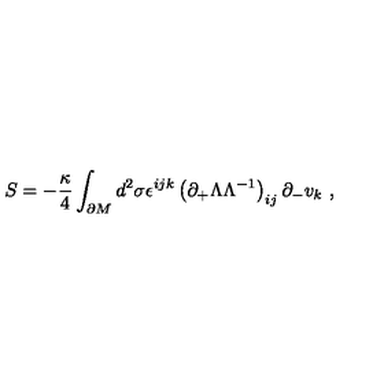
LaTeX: S = - { \frac { \kappa } { 4 } } \int _ { \partial M } d ^ { 2 } \sigma \epsilon ^ { i j k } \left( \partial _ { + } \Lambda \Lambda ^ { - 1 } \right) _ { i j } \partial _ { - } v _ { k } \ ,